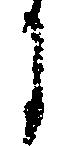
に